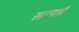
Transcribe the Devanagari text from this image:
सान्गली